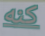
كنه